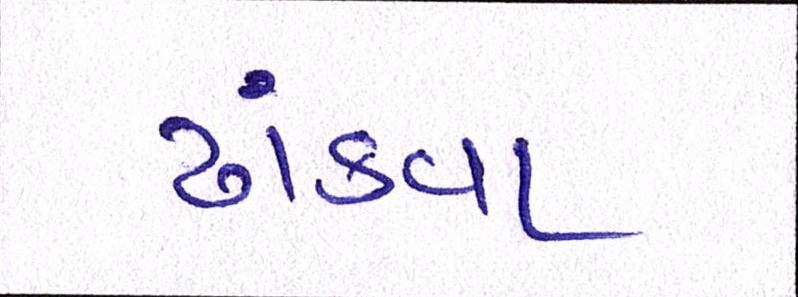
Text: ઢાંકવા